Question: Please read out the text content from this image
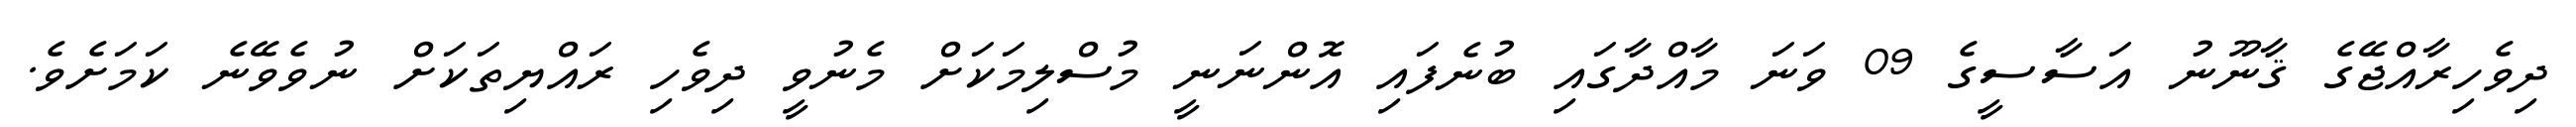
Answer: ދިވެހިރާއްޖޭގެ ޤާނޫނު އަސާސީގެ 09 ވަނަ މާއްދާގައި ބުނެފައި އޮންނަނީ މުސްލިމަކަށް މެނުވީ ދިވެހި ރައްޔިތަކަށް ނުވެވޭނެ ކަމަށެވެ.